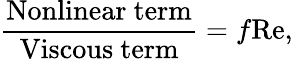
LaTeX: \frac{\mathrm{Nonlinear~term}}{\mathrm{Viscous~term}}=f\mathrm{Re},